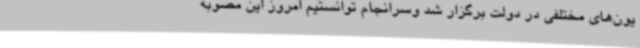
یون‌های مختلفی در دولت برگزار شد وسرانجام توانستیم امروز این مصوبه